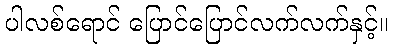
ပါလစ်ရောင် ပြောင်ပြောင်လက်လက်နှင့်။